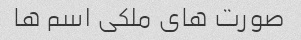
صورت های ملکی اسم ها